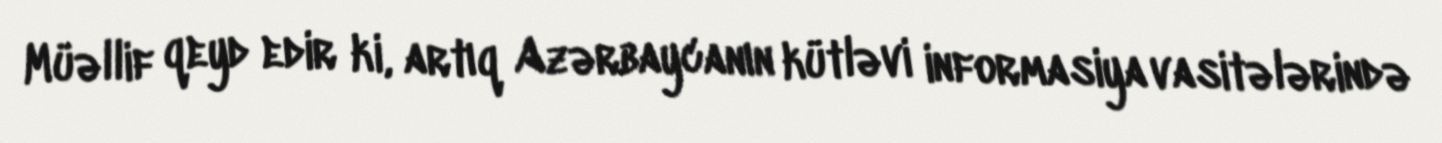
Müəllif qeyd edir ki, artıq Azərbaycanın kütləvi informasiya vasitələrində